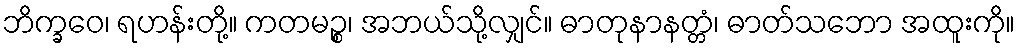
ဘိက္ခဝေ၊ ရဟန်းတို့။ ကတမဉ္စ၊ အဘယ်သို့လျှင်။ ဓာတုနာနတ္တံ၊ ဓာတ်သဘော အထူးကို။